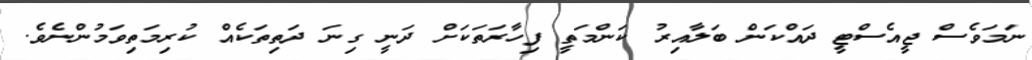
ނަމަވެސް ޖީއެސްޓީ ދައްކަން ބަލާއިރު ކަންމަތީ ފިހާރަތަކަށް ދަނީ ގިނަ ދަތިތަކެއް ކުރިމަތިވަމުންނެވެ.